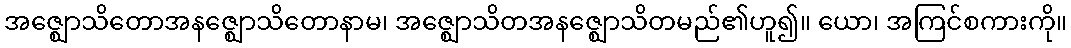
အဇ္ဈောသိတောအနဇ္ဈောသိတောနာမ၊ အဇ္ဈောသိတအနဇ္ဈောသိတမည်၏ဟူ၍။ ယော၊ အကြင်စကားကို။